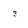
Character: 3